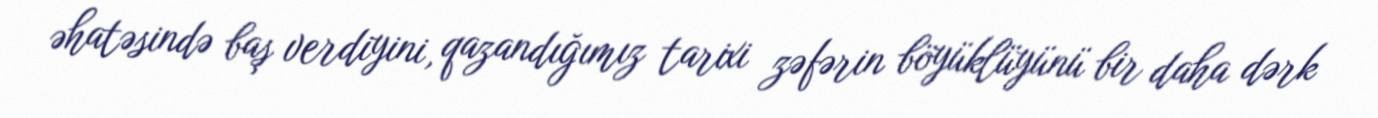
əhatəsində baş verdiyini, qazandığımız tarixi zəfərin böyüklüyünü bir daha dərk